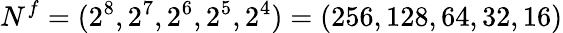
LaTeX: N^{f}=(2^{8},2^{7},2^{6},2^{5},2^{4})=(256,128,64,32,16)